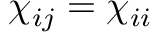
\chi _ { i j } = \chi _ { i i }